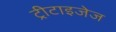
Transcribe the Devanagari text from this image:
ट्रीटाइजेज